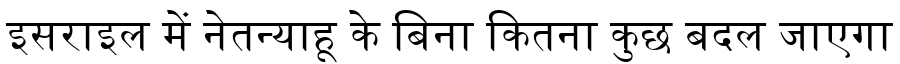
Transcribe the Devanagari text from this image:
इसराइल में नेतन्याहू के बिना कितना कुछ बदल जाएगा